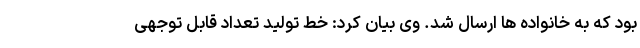
بود که به خانواده ها ارسال شد. وی بیان کرد: خط تولید تعداد قابل توجهی